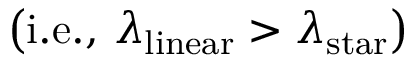
\left( \mathrm { i . e . , ~ } \lambda _ { \mathrm { l i n e a r } } > \lambda _ { \mathrm { s t a r } } \right)